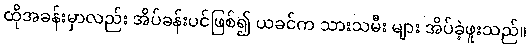
ထိုအခန်းမှာလည်း အိပ်ခန်းပင်ဖြစ်၍ ယခင်က သားသမီး များ အိပ်ခဲ့ဖူးသည်။